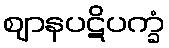
ဈာနပဋိပက္ခံ